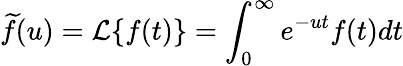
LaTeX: \widetilde{f}(u)=\mathcal{L}\{ f(t)\} =\int_{0}^{\infty}e^{-ut}f(t)dt